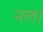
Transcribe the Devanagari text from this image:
नल।